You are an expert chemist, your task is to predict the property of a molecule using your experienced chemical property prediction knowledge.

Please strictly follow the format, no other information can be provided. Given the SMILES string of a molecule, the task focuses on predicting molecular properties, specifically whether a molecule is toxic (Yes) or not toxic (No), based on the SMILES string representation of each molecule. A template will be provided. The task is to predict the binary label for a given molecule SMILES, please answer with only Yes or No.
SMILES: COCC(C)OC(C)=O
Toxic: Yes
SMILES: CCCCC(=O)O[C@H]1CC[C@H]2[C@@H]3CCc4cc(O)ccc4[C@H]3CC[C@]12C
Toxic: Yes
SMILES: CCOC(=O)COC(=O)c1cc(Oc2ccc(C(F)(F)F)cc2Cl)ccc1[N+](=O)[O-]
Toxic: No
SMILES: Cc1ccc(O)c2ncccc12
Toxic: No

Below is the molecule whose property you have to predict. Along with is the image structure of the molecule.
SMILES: COC(=O)CCC(=O)OC
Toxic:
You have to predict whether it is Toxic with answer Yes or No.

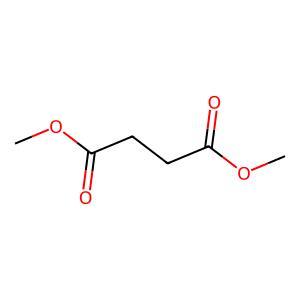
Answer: No